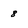
Character: 8